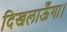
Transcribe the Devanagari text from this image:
दिखलाऊँगा।